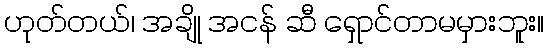
ဟုတ်တယ်၊ အချို အငန် ဆီ ရှောင်တာမမှားဘူး။